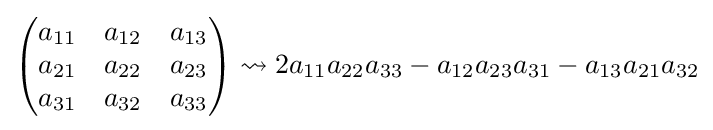
{\begin{pmatrix}a_{11}&a_{12}&a_{13}\\a_{21}&a_{22}&a_{23}\\a_{31}&a_{32}&a_{33}\end{pmatrix}}\rightsquigarrow 2a_{11}a_{22}a_{33}-a_{12}a_{23}a_{31}-a_{13}a_{21}a_{32}